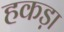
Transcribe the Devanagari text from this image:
हकड़ा